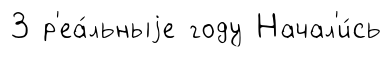
3 р'еа́льныjе году Начал'и́сь